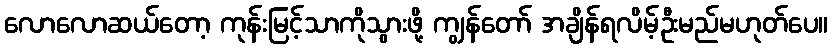
လောလောဆယ်တော့ ကုန်းမြင့်သာကိုသွားဖို့ ကျွန်တော် အချိန်ရလိမ့်ဦးမည်မဟုတ်ပေ။